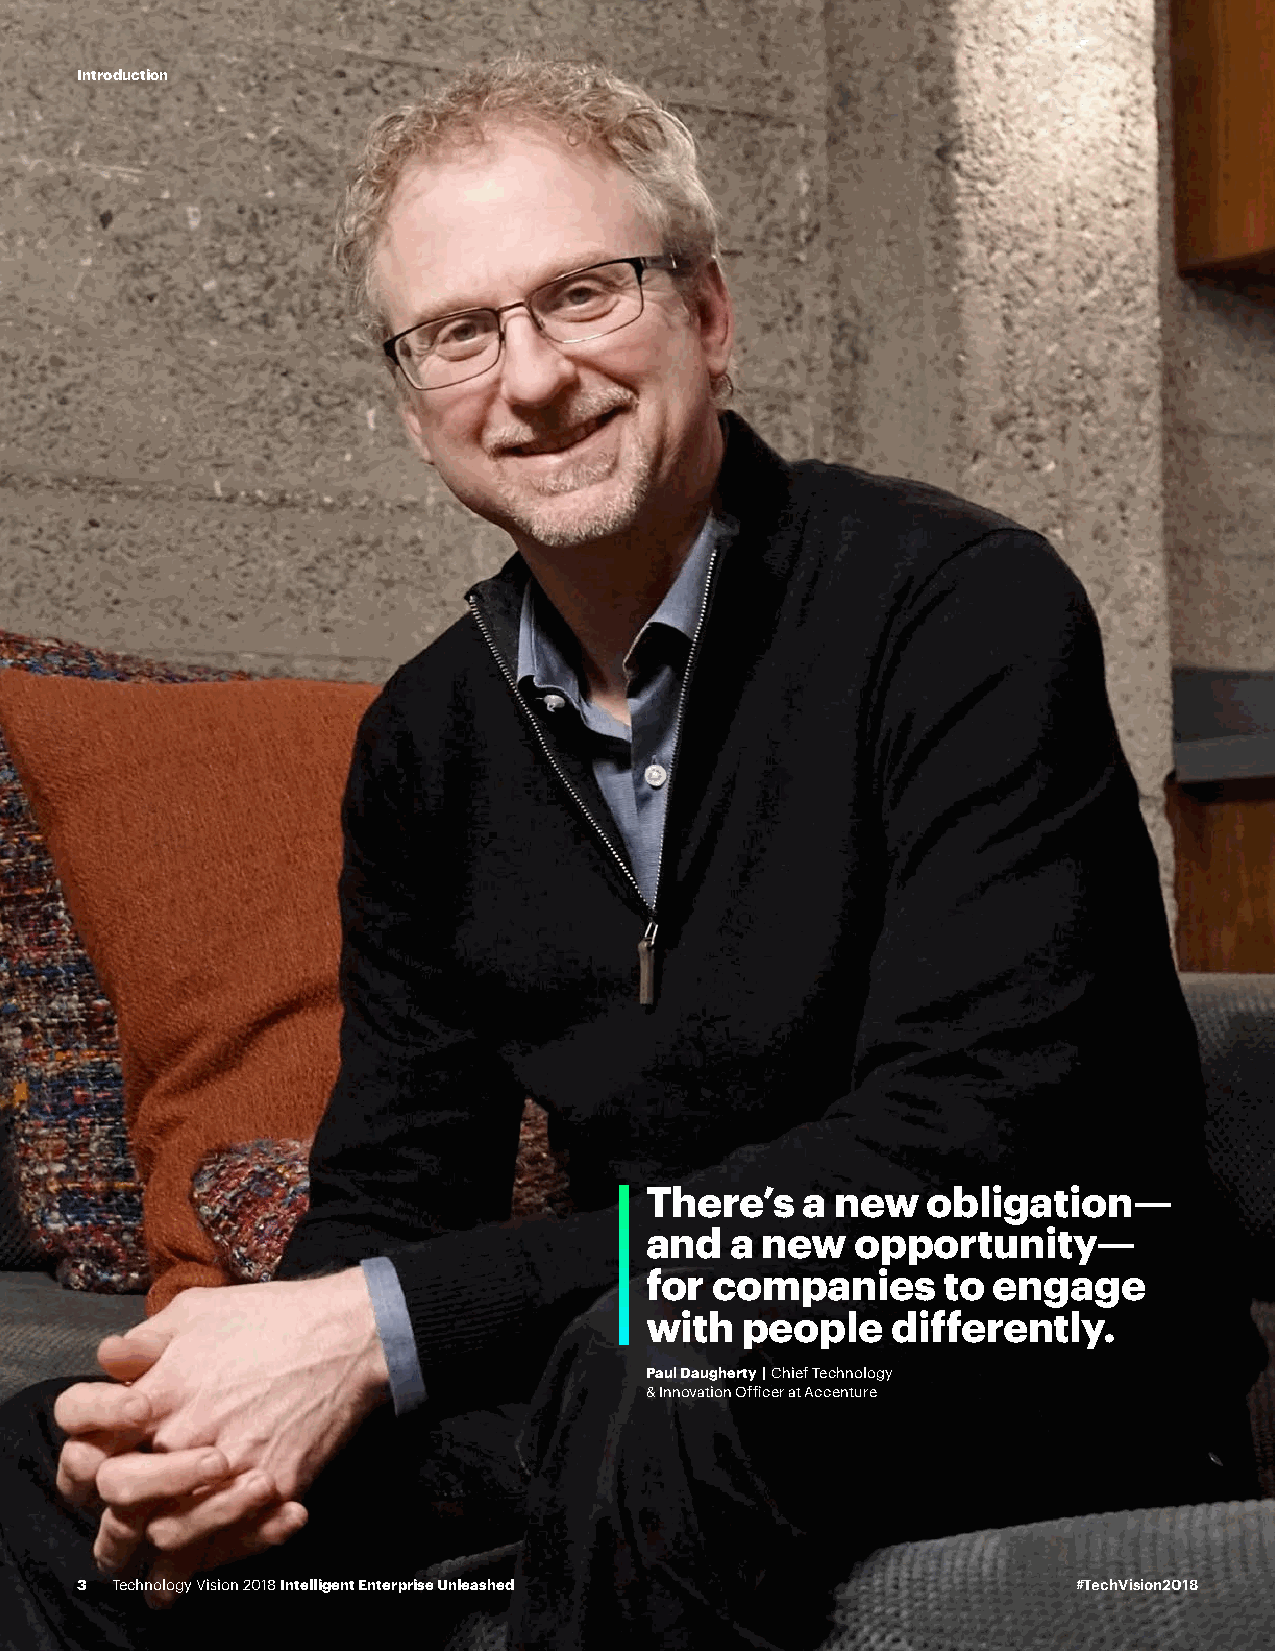
Introduction
 There’s   a new   obligation—
 and  a new    opportunity—
 for companies       to engage
 with  people    differently.
 Paul Daugherty | Chief Technology
 & Innovation Officer at Accenture
 3 Technology Vision 2018 Intelligent Enterprise Unleashed         #TechVision2018